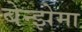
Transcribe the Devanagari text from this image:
बेन्झेमा